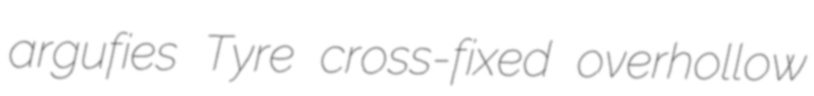
argufies Tyre cross-fixed overhollow